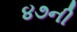
૪૭ની